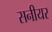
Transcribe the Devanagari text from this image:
सनीयर